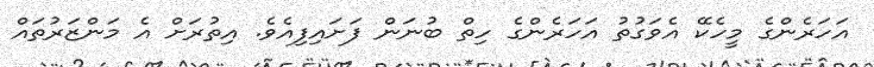
އަހަރެންގެ މީހެކޭ އެވަގުތު އަހަރެންގެ ހިތް ބުނަން ފަށައިފިއެވެ. އިތުރަށް އެ މަންޒަރުތައް